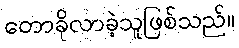
တောခိုလာခဲ့သူဖြစ်သည်။